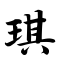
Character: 琪